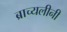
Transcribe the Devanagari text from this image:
ब्राच्यलीनी